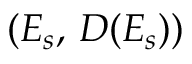
( E _ { s } , \, D ( E _ { s } ) )